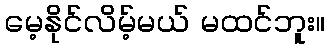
မေ့နိုင်လိမ့်မယ် မထင်ဘူး။